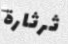
ثرثارة